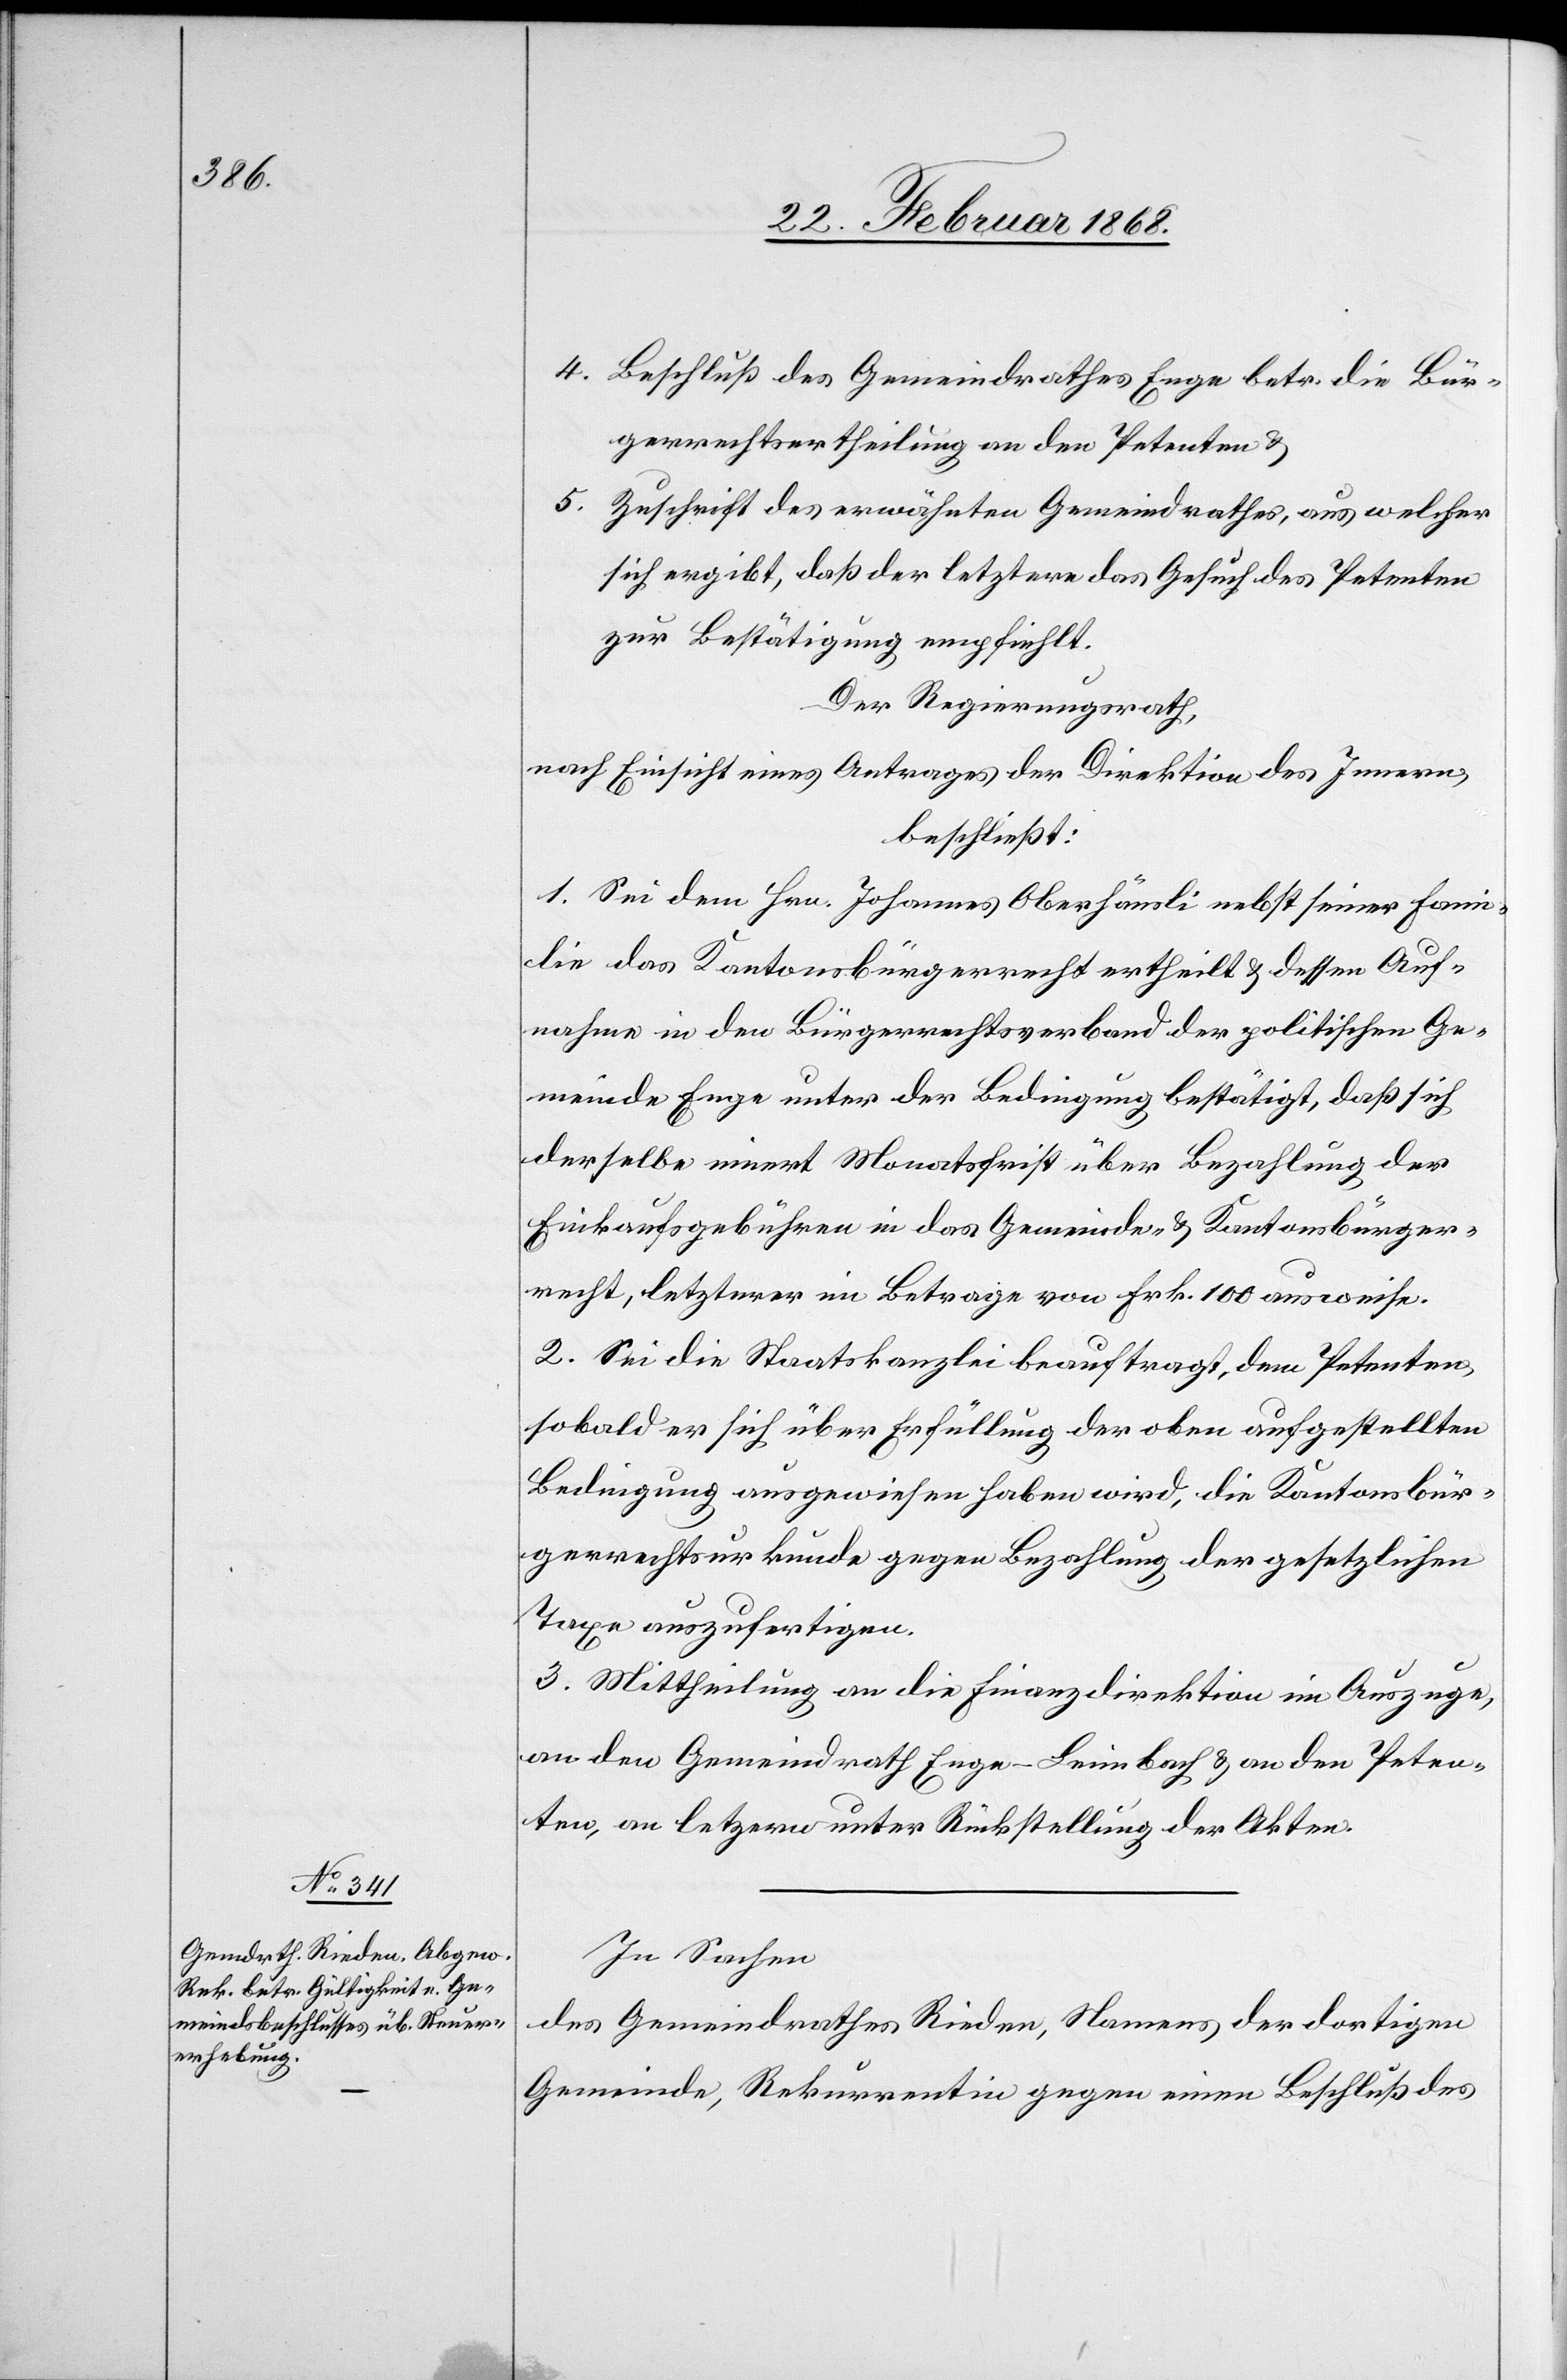
5.

Beschluß des Gemeindrathes Enge betr. die Bür¬
gerrechtsertheilung an den Petenten &
Zuschrift des erwähnten Gemeindrathes, aus welcher
sich ergibt, daß der letztere das Gesuch des Petenten
zur Bestätigung empfiehlt.
Der Regierungsrath,
nach Einsicht eines Antrages der Direktion des Innern,
beschließt:
1. Sei dem Hrn. Johannes Oberhäusli nebst seiner Fami¬
lie das Kantonsbürgerrecht ertheilt & dessen Auf¬
nahme in den Bürgerrechtsverband der politischen Ge¬
meinde Enge unter der Bedingung bestätigt, daß sich
derselbe innert Monatsfrist über Bezahlung der
Einkaufsgebühren in das Gemeinde- & Kantonsbürger¬
recht, letzterer im Betrage von Frk. 100 ausweise.
2. Sei die Staatskanzlei beauftragt, dem Petenten,
sobald er sich über Erfüllung der oben aufgestellten
Bedingung ausgewiesen haben wird, die Kantonsbür¬
gerrechtsurkunde gegen Bezahlung der gesetzlichen
Taxe auszufertigen.
3. Mittheilung an die Finanzdirektion im Auszuge,
an den Gemeindrath Enge-Leimbach & an den Peten¬
ten, an letz[t]ern unter Rückstellung der Akten.
In Sachen
des Gemeindrathes Rieden, Namens der dortigen
Gemeinde, Rekurrentin gegen einen Beschluß des